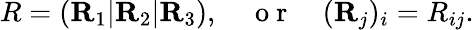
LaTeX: \begin{array}{r}{R=({\mathbf R}_{1}|{\mathbf R}_{2}|{\mathbf R}_{3}),\quad\mathrm{~o~r~}\quad({\mathbf R}_{j})_{i}=R_{ij}.}\end{array}